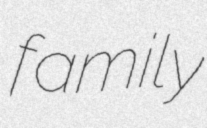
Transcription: family